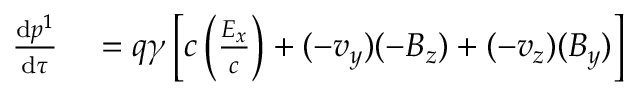
\begin{array} { r l } { { \frac { \mathrm { d } p ^ { 1 } } { \mathrm { d } \tau } } } & { { } = q \gamma \left[ c \left( { \frac { E _ { x } } { c } } \right) + ( - v _ { y } ) ( - B _ { z } ) + ( - v _ { z } ) ( B _ { y } ) \right] } \end{array}